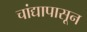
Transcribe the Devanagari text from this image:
चांद्यापासून